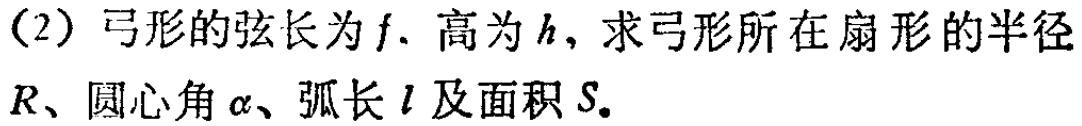
（2）弓形的弦长为\(f\)、高为\(h\)，求弓形所在扇形的半径\(R\)、圆心角\(\alpha\)、弧长\(l\)及面积\(S\)。